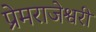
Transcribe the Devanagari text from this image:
प्रेमराजेश्वरी